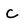
Character: c